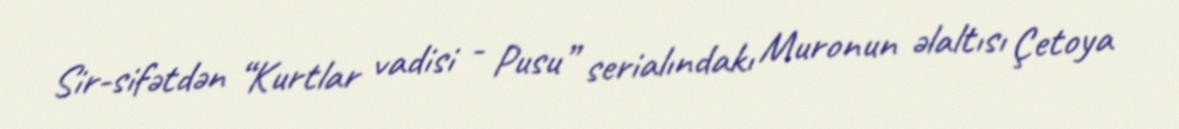
Sir-sifətdən “Kurtlar vadisi - Pusu” serialındakı Muronun əlaltısı Çetoya